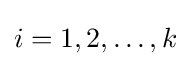
i=1,2,\dots ,k